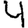
Digit: 4